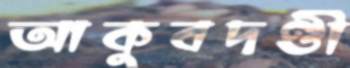
আকুবদণ্ডী